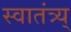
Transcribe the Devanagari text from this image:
स्वातंत्र्य्